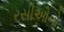
રસીઓનો